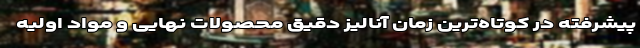
پیشرفته در کوتاه‌ترین زمان آنالیز دقیق محصولات نهایی و مواد اولیه